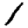
Digit: 1